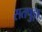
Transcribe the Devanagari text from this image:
सतपुड़ा़